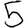
Digit: 5